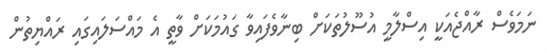
ނަމަވެސް ރާއްޖެއަކީ އިސްލާމީ އުސޫލުތަކަށް ބިނާވެފައިވާ ގައުމަކަށް ވާތީ އެ މައްސަލައިގައި ރައްޔިތުން